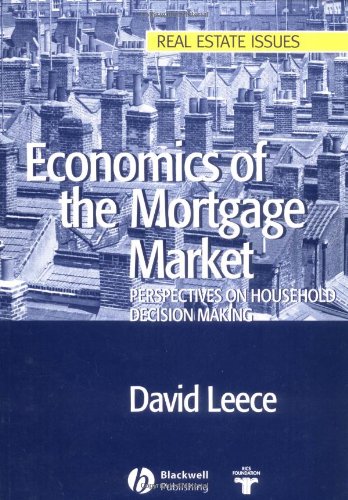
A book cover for Economics of the Mortgage Market: Perspectives on Household Decision Making (Real Estate Issues); David Leece; Business & Money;